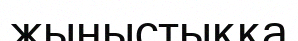
жыныстыққа